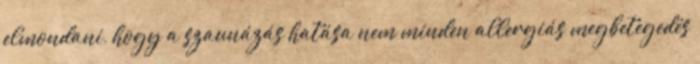
elmondani, hogy a szaunázás hatása nem minden allergiás megbetegedés